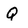
Character: q